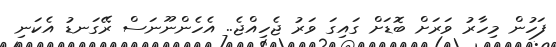
ފަހުން މިހާރު ވަރަށް ބޮޑަށް ގައިގަ ވަރު ޖެހިއްޖެ.. އެހެންނޫނަސް ރޭގަނޑު އެކަނި